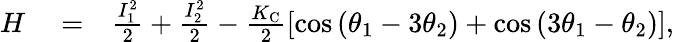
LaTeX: \begin{array}{rlr}{H}&{{}=}&{\frac{I_{1}^{2}}{2}+\frac{I_{2}^{2}}{2}-\frac{K_{\mathrm{C}}}{2}\left[\cos\left(\theta_{1}-3\theta_{2}\right)+\cos\left(3\theta_{1}-\theta_{2}\right)\right],}\end{array}